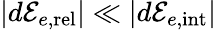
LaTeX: |d{\cal E}_{e,\mathrm{rel}}|\ll|d{\cal E}_{e,\mathrm{int}}|